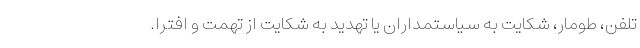
تلفن، طومار، شکایت به سیاستمداران یا تهدید به شکایت از تهمت و افترا.